Vaccination in Bombay 1863-1868 - 1863-1868
Year: 1863
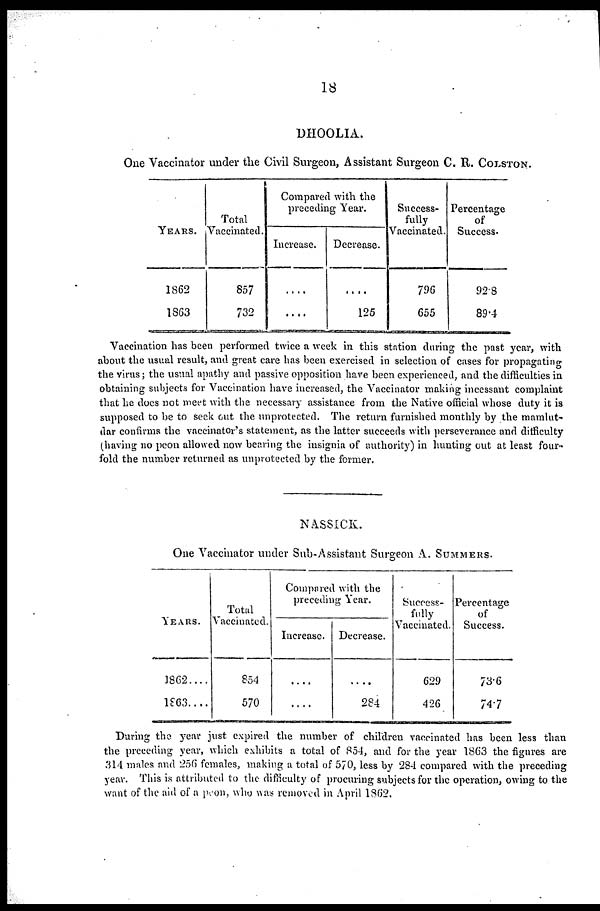
18
DHOOLIA.
One Vaccinator under the Civil Surgeon, Assistant Surgeon C. R. COLSTON.
YEARS.
1862
1863
Total
Vaccinated.
857
732
Compared with the
preceding Year.
Increase.
....
....
Decrease.
....
125
Success-
fully
Vaccinated.
796
655
Percentage
of
Success.
92.8
89.4
Vaccination has been performed twice a week in this station during the past year, with
about the usual result, and great care has been exercised in selection of cases for propagating
the virus ; the usual apathy and passive opposition have been experienced, and the difficulties in
obtaining subjects for Vaccination have increased, the Vaccinator making incessant complaint
that he does not meet with the necessary assistance from the Native official whose duty it is
supposed to be to seek out the unprotected. The return furnished monthly by the mamlut-
dar confirms the vaccinator's statement, as the latter succeeds with perseverance and difficulty
(having no peon allowed now bearing the insignia of authority) in hunting out at least four-
fold the number returned as unprotected by the former.
NASSICK.
One Vaccinator under Sub-Assistant Surgeon A. SUMMERS.
YEARS.
1862....
1863....
Total
Vaccinated.
854
570
Compared with the
preceding Year.
Increase.
....
....
Decrease.
....
284
Success-
fully
Vaccinated.
629
426
Percentage
of
Success.
73.6
74.7
During the year just expired the number of children vaccinated has been less than
the preceding year, which exhibits a total of 854, and for the year 1863 the figures are
314 males and 256 females, making a total of 570, less by 284 compared with the preceding
year. This is attributed to the difficulty of procuring subjects for the operation, owing to the
want of the aid of a peon, who was removed in April 1862.